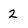
Character: 2